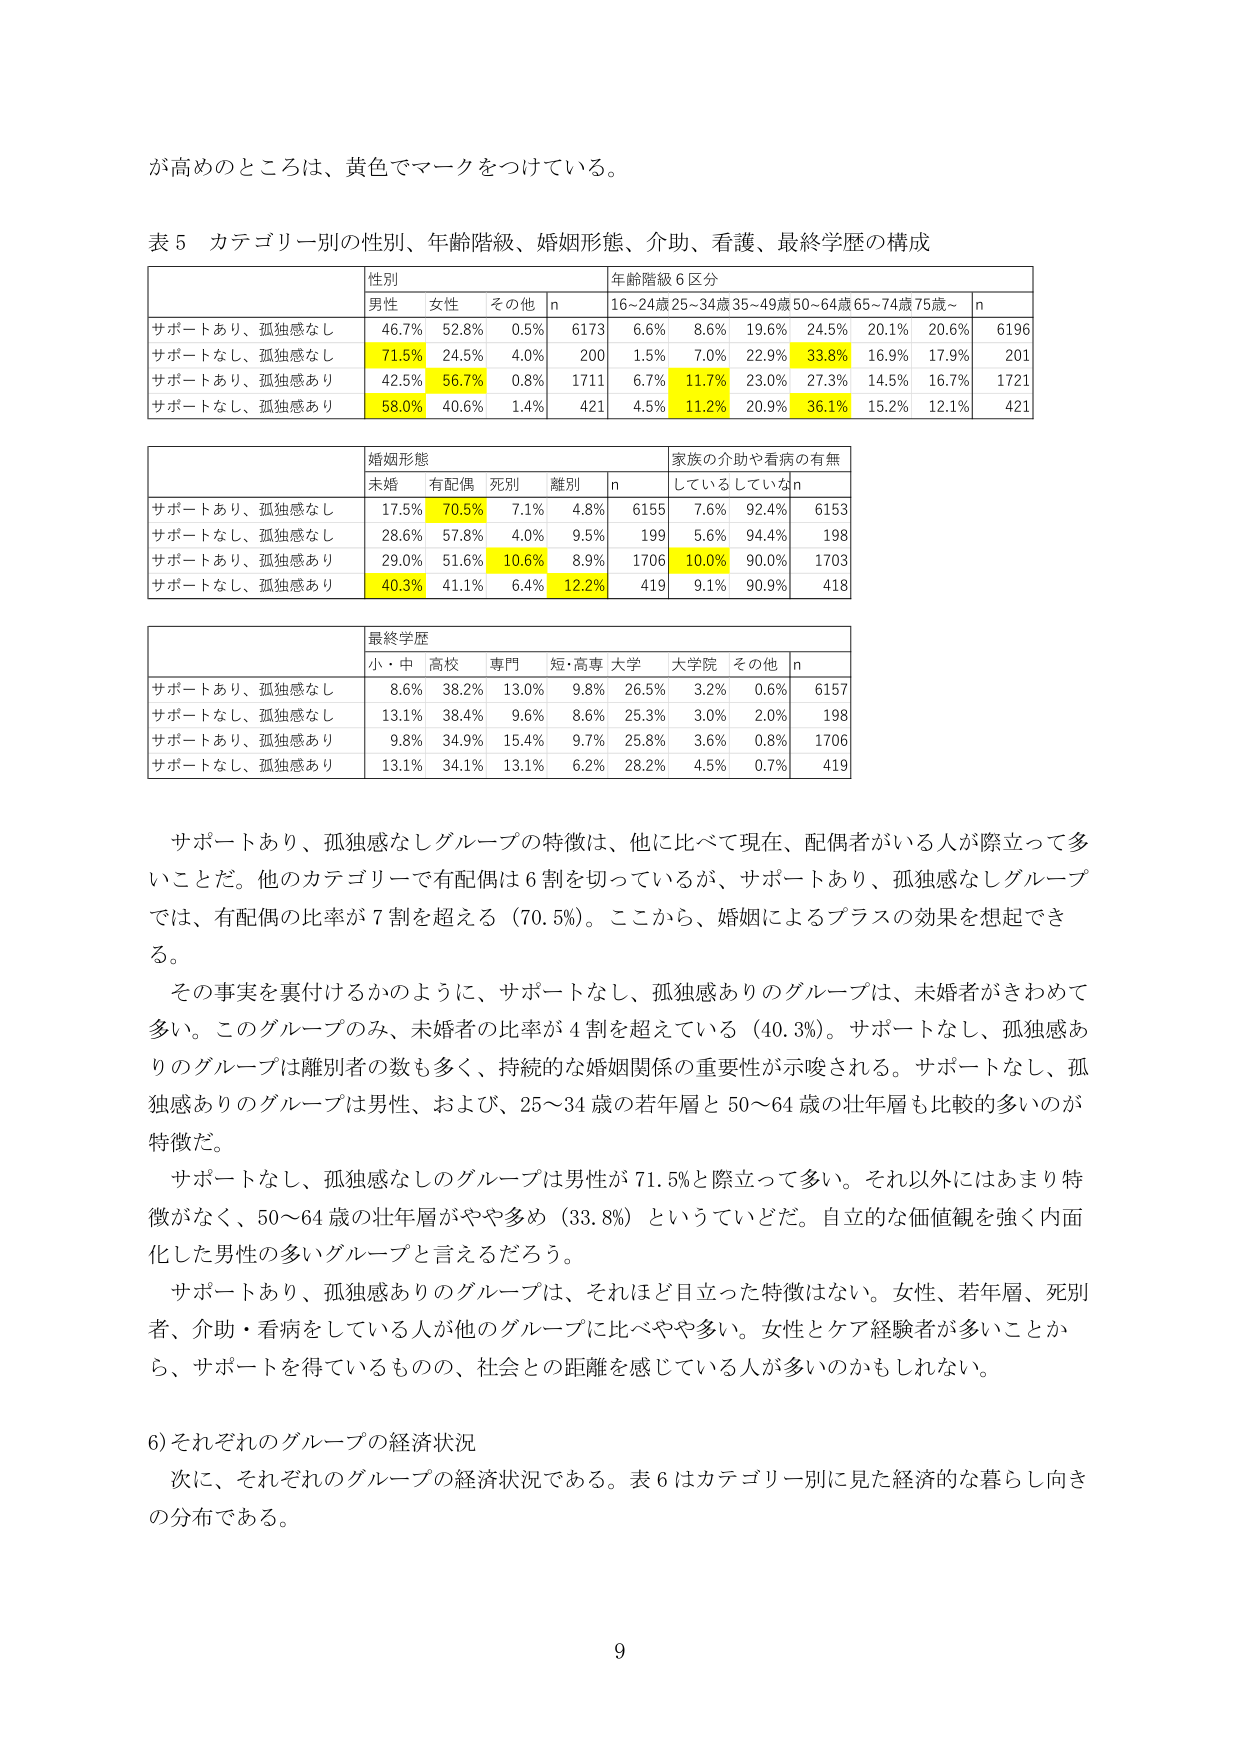
が高めのところは、黄色でマークをつけてている。

表５ カテゴリー別の性別、年齢階級、婚姻形態、介助、看護、最終学歴の構成

| | 性別 | | | 年齢階級６区分 | | | | | | | |
|---|---|---|---|---|---|---|---|---|---|---|---|
| | 男性 | 女性 | その他 | n | 16~24歳 | 25~34歳 | 35~49歳 | 50~64歳 | 65~74歳 | 75歳~ | n |
| サポートあり、孤独感なし | 46.7% | 52.8% | 0.5% | 6173 | 6.6% | 8.6% | 19.6% | 24.5% | 20.1% | 20.6% | 6196 |
| サポートなし、孤独感なし | 71.5% | 24.5% | 4.0% | 200 | 1.5% | 7.0% | 22.9% | 33.8% | 16.9% | 17.9% | 201 |
| サポートあり、孤独感あり | 42.5% | 56.7% | 0.8% | 1711 | 6.7% | 11.7% | 23.0% | 27.3% | 14.5% | 16.7% | 1721 |
| サポートなし、孤独感あり | 58.0% | 40.6% | 1.4% | 421 | 4.5% | 11.2% | 20.9% | 36.1% | 15.2% | 12.1% | 421 |

| | 婚姻形態 | | | | 家族の介助や看病の有無 | | |
|---|---|---|---|---|---|---|---|
| | 未婚 | 有配偶 | 死別 | 離別 | n | している | していない | n |
| サポートあり、孤独感なし | 17.5% | 70.5% | 7.1% | 4.8% | 6155 | 7.6% | 92.4% | 6153 |
| サポートなし、孤独感なし | 28.6% | 57.8% | 4.0% | 9.5% | 199 | 5.6% | 94.4% | 198 |
| サポートあり、孤独感あり | 29.0% | 51.6% | 10.6% | 8.9% | 1706 | 10.0% | 90.0% | 1703 |
| サポートなし、孤独感あり | 40.3% | 41.1% | 6.4% | 12.2% | 419 | 9.1% | 90.9% | 418 |

| | 最終学歴 | | | | | | | |
|---|---|---|---|---|---|---|---|---|
| | 小・中 | 高校 | 専門 | 短・高専 | 大学 | 大学院 | その他 | n |
| サポートあり、孤独感なし | 8.6% | 38.2% | 13.0% | 9.8% | 26.5% | 3.2% | 0.6% | 6157 |
| サポートなし、孤独感なし | 13.1% | 38.4% | 9.6% | 8.6% | 25.3% | 3.0% | 2.0% | 198 |
| サポートあり、孤独感あり | 9.8% | 34.9% | 15.4% | 9.7% | 25.8% | 3.6% | 0.8% | 1706 |
| サポートなし、孤独感あり | 13.1% | 34.1% | 13.1% | 6.2% | 28.2% | 4.5% | 0.7% | 419 |

サポートあり、孤独感なしグループの特徴は、他に比べて現在、配偶者がいる人が際立って多いことだ。他のカテゴリーで有配偶は６割を切っているが、サポートあり、孤独感なしグループでは、有配偶の比率が７割を超える（70.5%）。ここから、婚姻によるプラスの効果を想起できる。

その事実を裏付けるかのように、サポートなし、孤独感ありのグループは、未婚者がきわめて多い。このグループのみ、未婚者の比率が４割を超えている（40.3%）。サポートなし、孤独感ありのグループは離別者の数も多く、持続的な婚姻関係の重要性が示唆される。サポートなし、孤独感ありのグループは男性、および、25～34歳の若年層と50～64歳の壮年層も比較的多いのが特徴だ。

サポートなし、孤独感なしのグループは男性が71.5%と際立って多い。それ以外にはあまり特徴がなく、50～64歳の壮年層がやや多い（33.8%）といっていいだろう。自立的な価値観を強く内面化した男性の多いグループと言えるだろう。

サポートあり、孤独感ありのグループは、それほど目立った特徴はない。女性、若年層、死別者、介助・看病をしている人が他のグループに比べやや多い。女性とケア経験者が多いことから、サポートを得ているものの、社会との距離を感じている人が多いのかもしれない。

6) それぞれのグループの経済状況

次に、それぞれのグループの経済状況である。表６はカテゴリー別に見た経済的な暮らし向きの分布である。

9